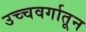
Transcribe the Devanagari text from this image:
उच्चवर्गातून